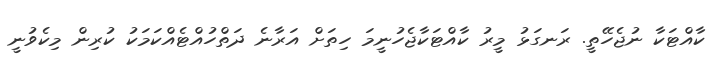
ކާއްޓަކާ ނުޖެހޭތީ. ރަނގަޅު މީރު ކާއްޓަކާޖެހުނީމަ ހިތަށް އަރާނެ ދަތްހުއްޓެއްކަމަކު ކުރިން މިކެވުނީ